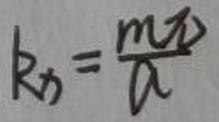
$k_{x}=\frac {mv}{a}$